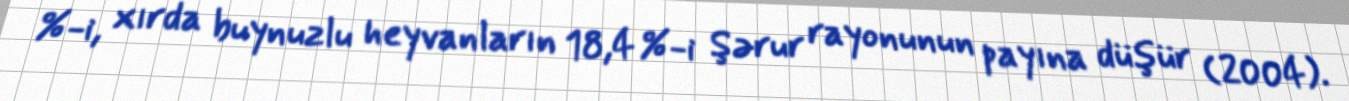
%-i, xırda buynuzlu heyvanların 18,4 %-i Şərur rayonunun payına düşür (2004).